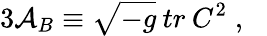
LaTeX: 3{\cal A}_{B}\equiv\sqrt{-g}\: tr\: C^{2}\; ,\; \; \;